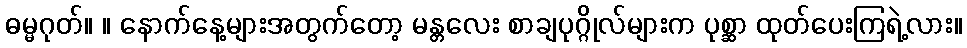
ဓမ္မဂုတ်။ ။ နောက်နေ့များအတွက်တော့ မန္တလေး စာချပုဂ္ဂိုလ်များက ပုစ္ဆာ ထုတ်ပေးကြရဲ့လား။